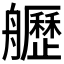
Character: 𦪾